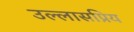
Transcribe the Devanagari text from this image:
उल्लासप्रिय